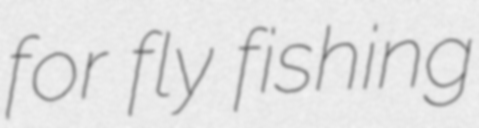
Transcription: for fly fishing